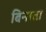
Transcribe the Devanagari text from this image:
बिनाता